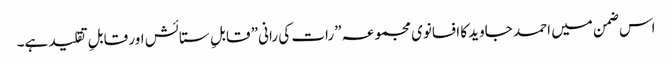
اس ضمن میں احمد جاوید کا افسانوی مجموعہ ”رات کی رانی” قابلِ ستائش اور قابلِ تقلید ہے۔